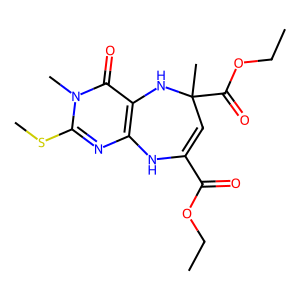
SMILES: CCOC(=O)C1=CC(C)(C(=O)OCC)Nc2c(nc(SC)n(C)c2=O)N1
Inhibits HIV replication: No